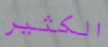
الكثير